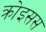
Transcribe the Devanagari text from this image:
क्रोइसस